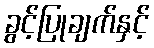
ခွင့်ပြုချက်နှင့်